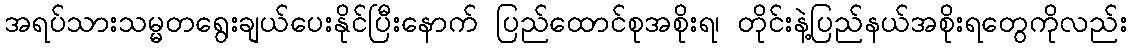
အရပ်သားသမ္မတရွေးချယ်ပေးနိုင်ပြီးနောက် ပြည်ထောင်စုအစိုးရ၊ တိုင်းနဲ့ပြည်နယ်အစိုးရတွေကိုလည်း